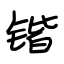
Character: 锴